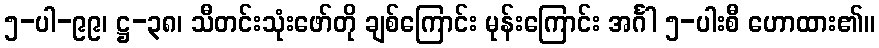
၅-ပါ-၉၉၊ ဋ္ဌ-၃၈၊ သီတင်းသုံးဖော်တို ချစ်ကြောင်း မုန်းကြောင်း အင်္ဂါ ၅-ပါးစီ ဟောထား၏။